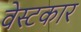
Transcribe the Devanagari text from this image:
वेस्टकार